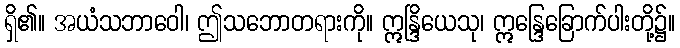
ရှိ၏။ အယံသဘာဝေါ၊ ဤသဘောတရားကို။ ဣန္ဒြိယေသု၊ ဣန္ဒြေခြောက်ပါးတို့၌။